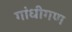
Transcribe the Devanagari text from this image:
गांधीगण